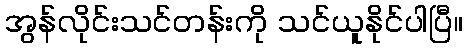
အွန်လိုင်းသင်တန်းကို သင်ယူနိုင်ပါပြီ။